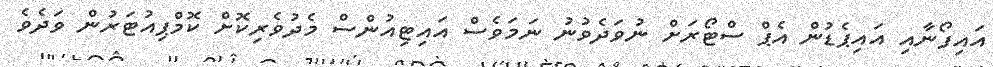
އައިފޯނާއި އައިޕެޑުން އެޕް ސްޓޯރަށް ނުވަދެވުނު ނަމަވެސް އައިޓިއުންސް މެދުވެރިކޮށް ކޮމްޕިއުޓަރުން ވަދެވެ